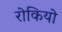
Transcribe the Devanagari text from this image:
रोकियो